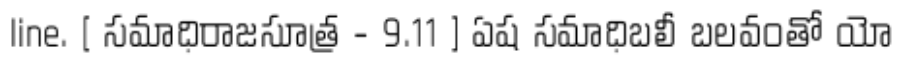
line. [ సమాధిరాజసూత్ర - 9.11 ] ఏష సమాధిబలీ బలవంతో యో